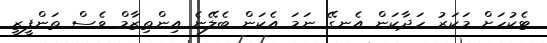
ޓެކުހަށް މަކަރު ހަދާކަން އެނގޭ ނަމަ އެކަން ބެލޭނެ އިންތިޒާމް ވެސް ތަންފީޒީ